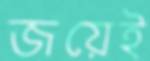
জয়েই